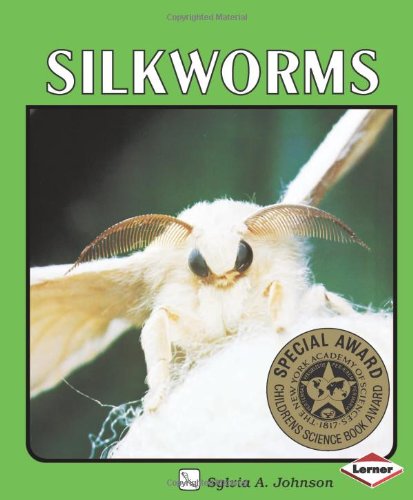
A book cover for Silkworms (Lerner Natural Science Books); Sylvia A. Johnson; Children's Books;